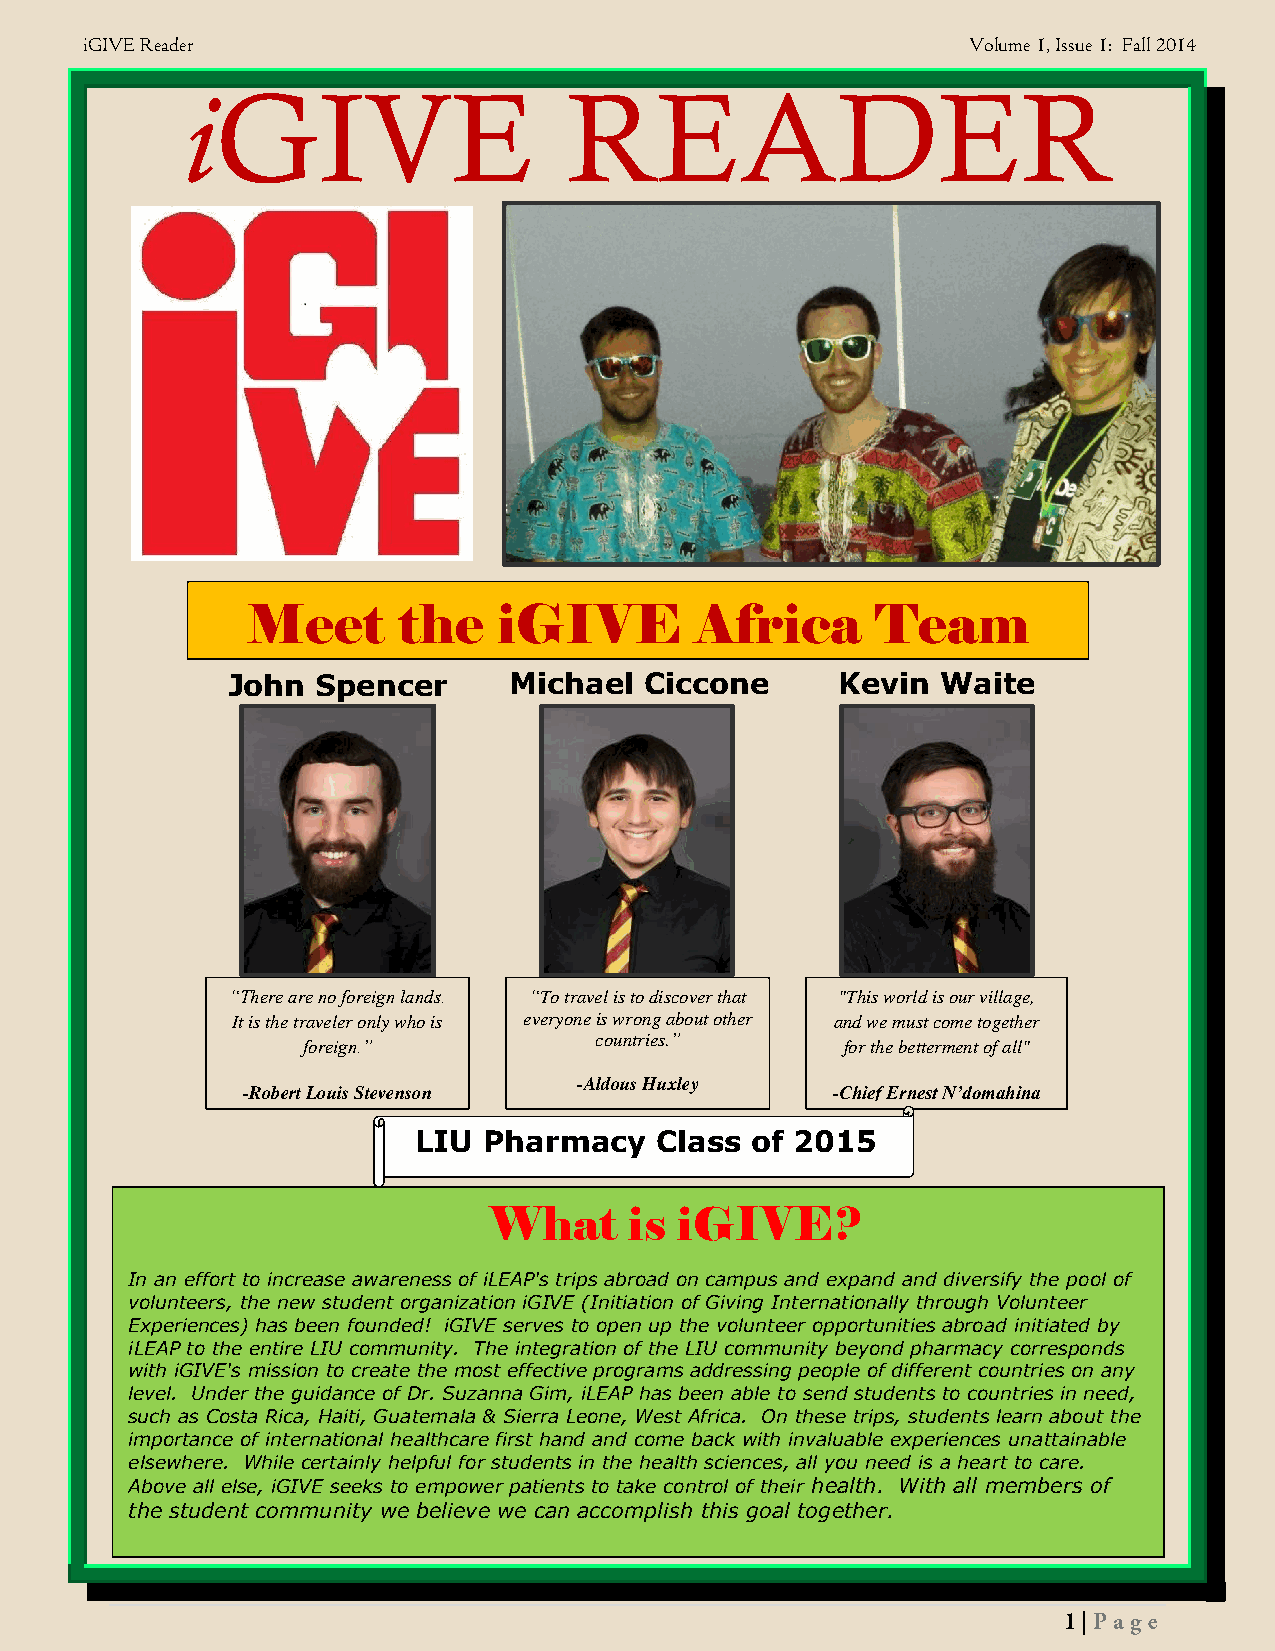
iGIVE Reader                                               Volume 1, Issue 1: Fall 2014
 iGIVE                     READER
 Meet      the    iGIVE        Africa      Team
 John  Spencer      Michael  Ciccone      Kevin Waite
 “There are no foreign la nds. “To travel is to discover that "This world is our village,
 It is the traveler only who is everyone is wrong about other and we must come together
 countries.”
 foreign.”                           for the betterment of all"
 -Aldous Huxley
 -Robert Louis Stevenson                -Chief Ernest N’domahina
 LIU  Pharmacy   Class  of 2015
 What      is iGIVE?
 In an effort to increase awareness of iLEAP's trips abroad on campus and expand and diversify the pool of
 volunteers, the new student organization iGIVE (Initiation of Giving Internationally through Volunteer
 Experiences) has been founded! iGIVE serves to open up the volunteer opportunities abroad initiated by
 iLEAP to the entire LIU community. The integration of the LIU community beyond pharmacy corresponds
 with iGIVE's mission to create the most effective programs addressing people of different countries on any
 level. Under the guidance of Dr. Suzanna Gim, iLEAP has been able to send students to countries in need,
 such as Costa Rica, Haiti, Guatemala & Sierra Leone, West Africa. On these trips, students learn about the
 importance of international healthcare first hand and come back with invaluable experiences unattainable
 elsewhere. While certainly helpful for students in the health sciences, all you need is a heart to care.
 Above all else, iGIVE seeks to empower patients to take control of their health. With all members of
 the student community we believe we can accomplish this goal together.